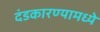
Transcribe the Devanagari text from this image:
दंडकारण्यामध्ये